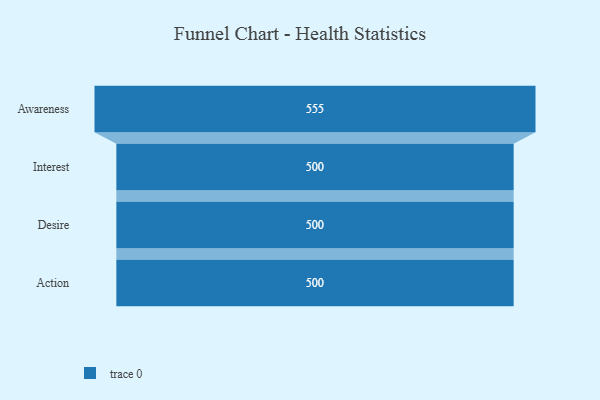
{"axis": {"x": "Stage", "y": "Value"}, "legend": [""], "data": [{"x": "Awareness", "y": 555.0, "type": ""}, {"x": "Interest", "y": 500, "type": ""}, {"x": "Desire", "y": 500, "type": ""}, {"x": "Action", "y": 500, "type": ""}]}